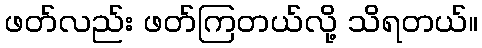
ဖတ်လည်း ဖတ်ကြတယ်လို့ သိရတယ်။